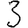
Digit: 3